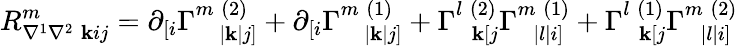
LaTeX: R_{\nabla^{1}\nabla^{2}\; \mathbf{k}ij}^{m}=\partial_{[i}\Gamma_{\; \; \; |\mathbf{k}|j]}^{m\; (2)}+\partial_{[i}\Gamma_{\; \; \; |\mathbf{k}|j]}^{m\; (1)}+\Gamma_{\; \; \mathbf{k}[j}^{l\; (2)}\Gamma_{\; \; |l|i]}^{m\; (1)}+\Gamma_{\; \; \mathbf{k}[j}^{l\; (1)}\Gamma_{\; \; |l|i]}^{m\; (2)}